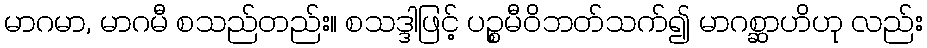
မာဂမာ, မာဂမီ စသည်တည်း။ စသဒ္ဒါဖြင့် ပဉ္စမီဝိဘတ်သက်၍ မာဂစ္ဆာဟိဟု လည်း